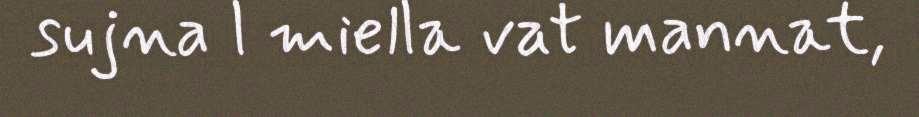
sujna l miella vat mannat,